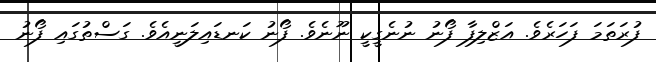
ފުރަތަމަ ފަހަރެވެ. އަޒްލިފާ ފޯނު ނުނެގީކީ ނޫނެވެ. ފޯނު ކަނޑައިލަނީއެވެ. ގަސްތުގައި ފޯނު